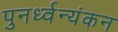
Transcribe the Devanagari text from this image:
पुनर्ध्वन्यंकन